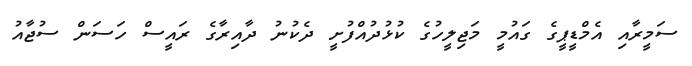
ސަމީރާއި އެމްޑީޕީގެ ގައުމީ މަޖިލީހުގެ ކުޅުދުއްފުށީ ދެކުނު ދާއިރާގެ ރައީސް ހަސަން ސުޖާއު